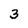
Character: 3